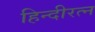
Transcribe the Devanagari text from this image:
हिन्दीरत्न